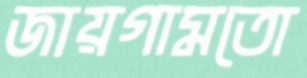
জায়গামতো